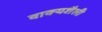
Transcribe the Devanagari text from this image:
वाक्यशैली